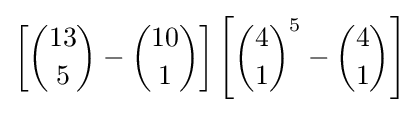
\left[{13 \choose 5}-{10 \choose 1}\right]\left[{4 \choose 1}^{5}-{4 \choose 1}\right]